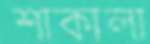
শাকালা